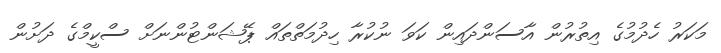
މަކަރު ހެދުމުގެ އިތުރުން އާސަންދައިން ކަވަ ނުކުރާ ހިދުމަތްތައް ޕޭޝަންޓުންނަށް ސްކީމްގެ ދަށުން